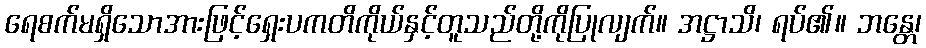
ရေစက်မရှိသောအားဖြင့်ရှေးပကတိကိုယ်နှင့်တူသည်တို့ကိုပြုလျက်။ အဋ္ဌာသိ၊ ရပ်၏။ ဘန္တေ၊